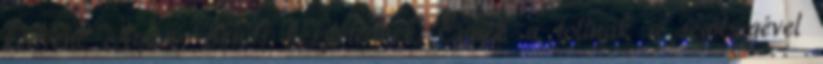
kedvenc Aqua Beads készletednek. Ennek a tollnak a segítségével